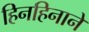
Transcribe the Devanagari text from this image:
हिनहिनाने